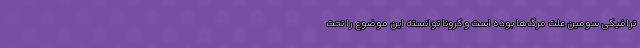
ترافیکی سومین علت مرگ‌ها بوده است و کرونا توانسته این موضوع را تحت